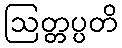
ဩတ္တပ္ပတိ